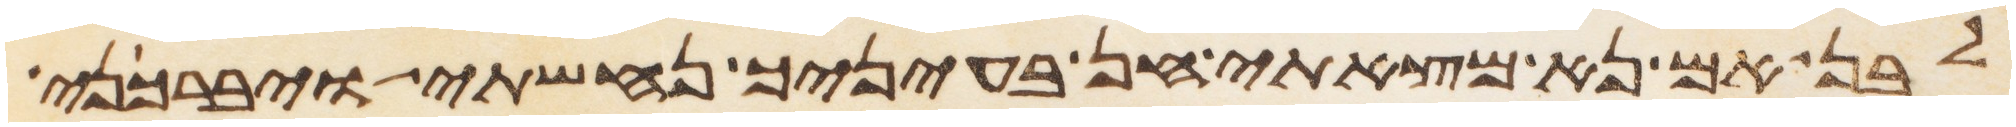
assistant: לבן אם נא מצאתי חן בעיניך נחשתי ויברכני